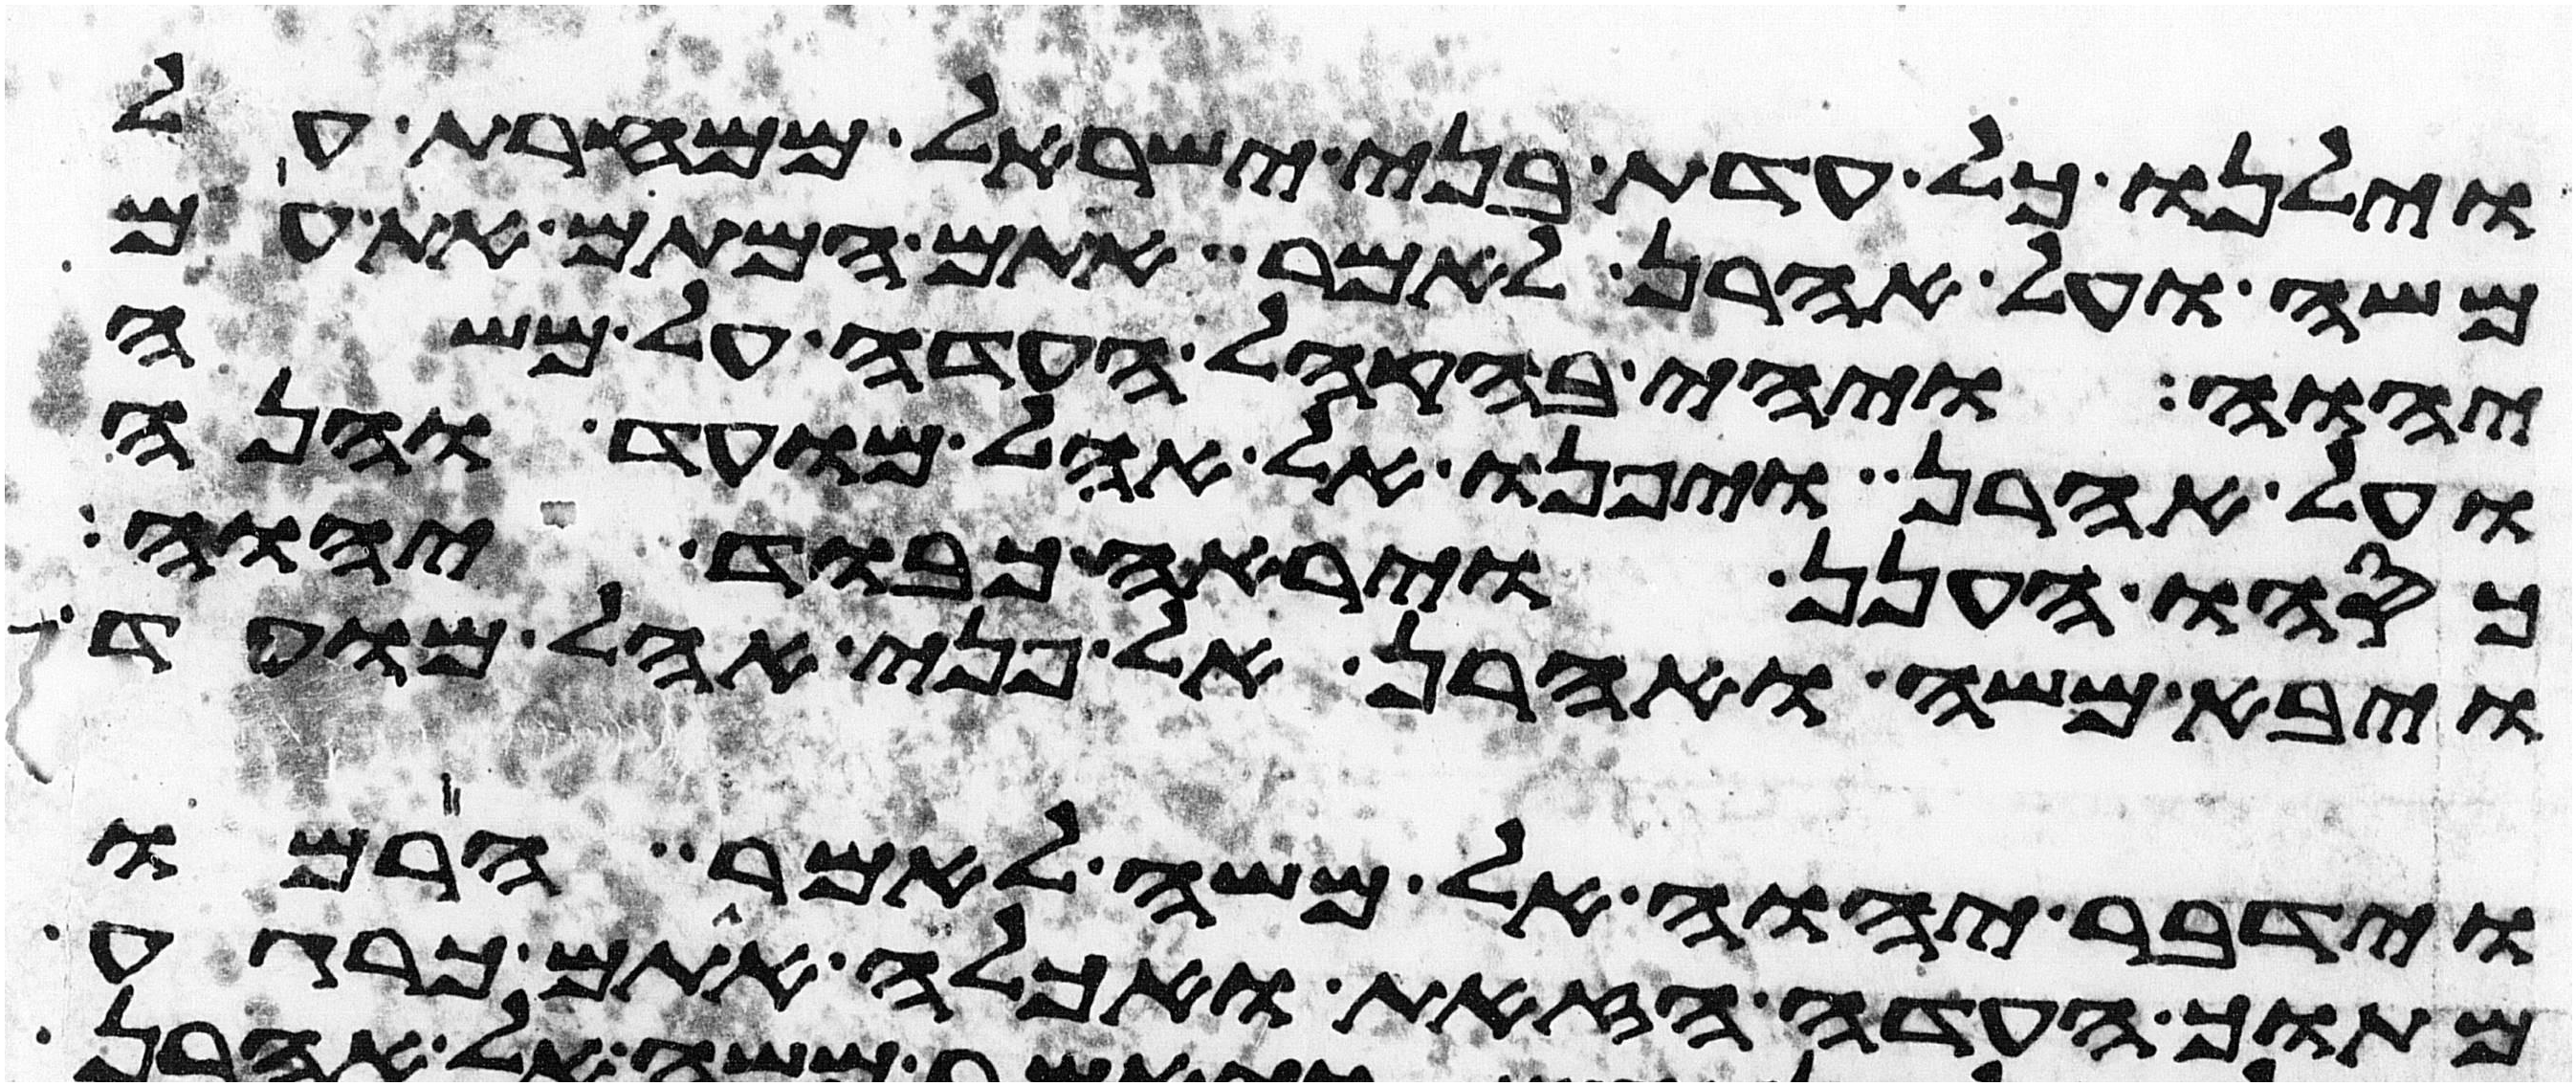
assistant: וילנו כל עדת בני ישראל ממחרת על
משה ועל אהרן לאמר אתם המתם את עם
יהוה ויהי בהקהל העדה על משה
ועל אהרן ויפנו אל אהל מועד והנה
כסהו הענן ויראה כבוד יהוה
ויבא משה ואהרן אל פני אהל מועד
וידבר יהוה אל משה לאמר הרמו
מתוך העדה הזאת ואכלה אתם כרגע